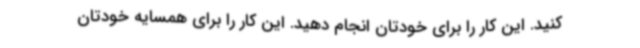
کنید. این کار را برای خودتان انجام دهید. این کار را برای همسایه خودتان